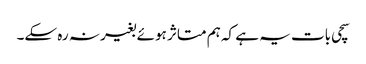
سچی بات یہ ہے کہ ہم متاثر ہوئے بغیر نہ رہ سکے۔